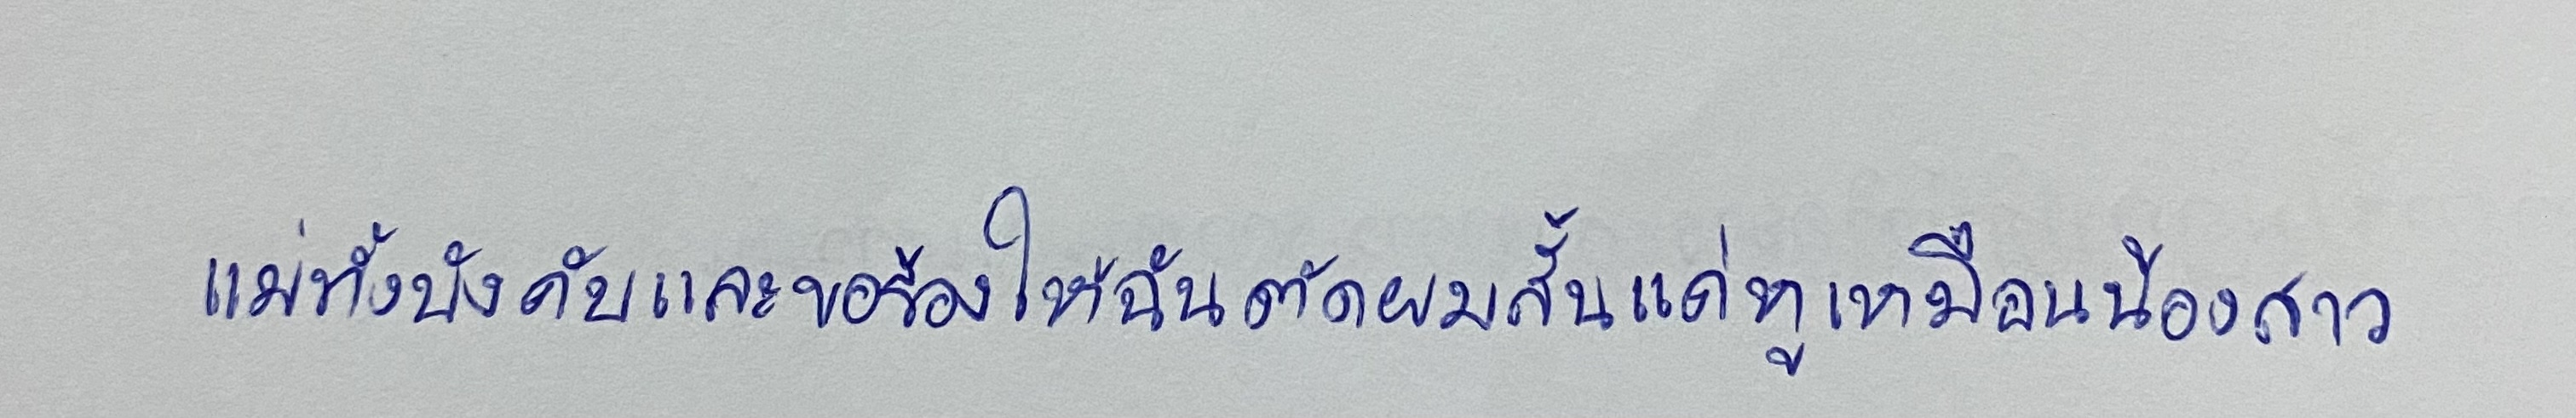
แม่ทั้งบังคับและขอร้องให้ฉันตัดผมสั้นแค่หูเหมือนน้องสาว